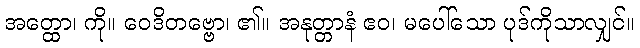
အတ္ထော၊ ကို။ ဝေဒိတဗ္ဗော၊ ၏။ အနုတ္တာနံ ဧဝ၊ မပေါ်သော ပုဒ်ကိုသာလျှင်။